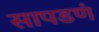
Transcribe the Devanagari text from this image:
सापडणं